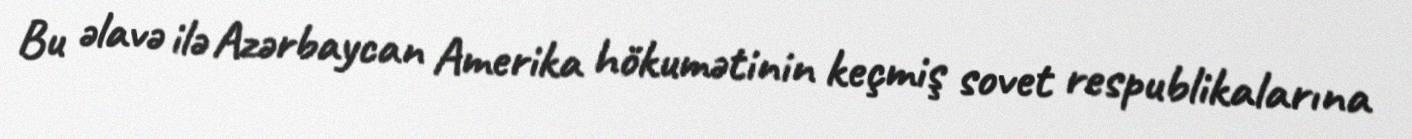
Bu əlavə ilə Azərbaycan Amerika hökumətinin keçmiş sovet respublikalarına